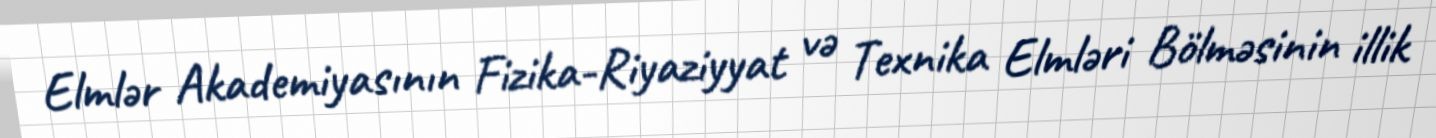
Elmlər Akademiyasının Fizika-Riyaziyyat və Texnika Elmləri Bölməsinin illik